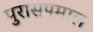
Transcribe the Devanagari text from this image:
पुरासपमाल